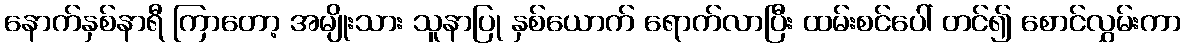
နောက်နှစ်နာရီ ကြာတော့ အမျိုးသား သူနာပြု နှစ်ယောက် ရောက်လာပြီး ထမ်းစင်ပေါ် တင်၍ စောင်လွှမ်းကာ